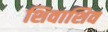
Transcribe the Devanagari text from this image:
शिवाशिव